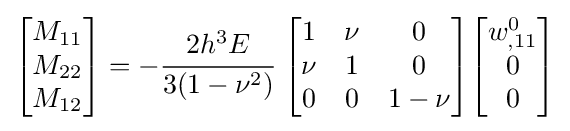
{\begin{bmatrix}M_{11}\\M_{22}\\M_{12}\end{bmatrix}}=-{\cfrac {2h^{3}E}{3(1-\nu ^{2})}}~{\begin{bmatrix}1&\nu &0\\\nu &1&0\\0&0&1-\nu \end{bmatrix}}{\begin{bmatrix}w_{,11}^{0}\\0\\0\end{bmatrix}}